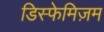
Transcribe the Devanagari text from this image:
डिस्फेमिज़म